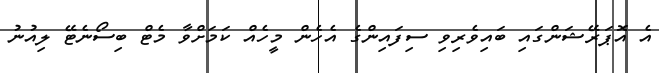
އެ އޮޕަރޭޝަންގައި ބައިވެރިވި ސިފައިންގެ އެހެން މީހެއް ކަމަށްވާ މެޓް ބިސޯނެޓޭ ލިއުނު